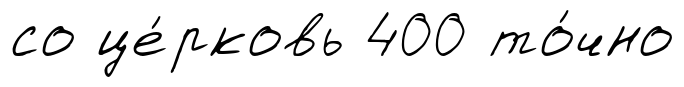
со це́рковь 400 то́чно